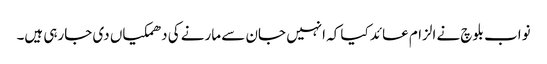
نواب بلوچ نے الزام عائد کیا کہ انہیں جان سے مارنے کی دھمکیاں دی جارہی ہیں۔